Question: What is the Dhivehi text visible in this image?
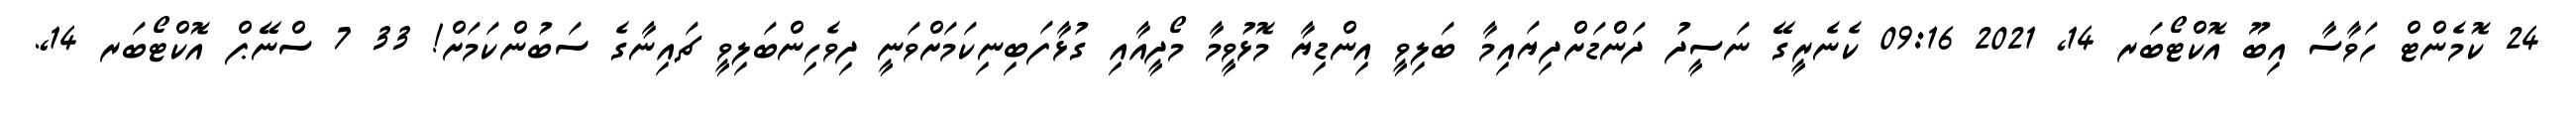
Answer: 24 ކޮމެންޓް ހަވާސާ އިބޫ އޮކްޓޯބަރ 14, 2021 09:16 ކެނެރީގޭ ނަސީދު ދަންޑަށްދިޔައިމާ ބަލިވީ އިންޑިޔާ މޮޅުވީމާ މޯދީއާއި ގުޅާފަބިނިކަމަށްވަނީ ދިވެހިންބަލިވީ ޗައިނާގެ ސަބުންކަމަށް! 33 7 ސްނޭޕް އޮކްޓޯބަރ 14,.